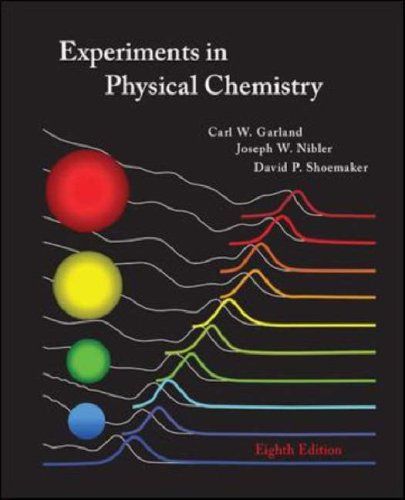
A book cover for Experiments in Physical Chemistry; Carl Garland; Science & Math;